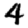
Digit: 4